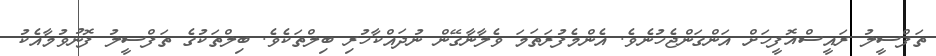
ތަފްސީލު ރައީސްއޮފީހަށް އަންގަންޖެހުނެވެ. އެންމެފުރަތަމަ ވެލާނާގޭން ނުދައްކާހުރި ބިލްތަކެވެ. ބިލްތަކުގެ ތަފްސީލު ފޮނުވުމާއެކު